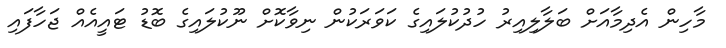
މާހިން އެދިމާއަށް ބަލާލިއިރު ހުދުކުލައިގެ ކަވަރަކުން ނިވާކޮށް ނޫކުލައިގެ ބޮޑު ޓައީއެއް ޖަހާފައި